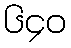
၆၄၀